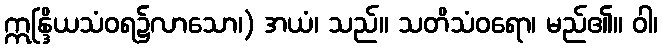
ဣန္ဒြိယသံဝရ၌လာသော၊) အယံ၊ သည်။ သတိသံဝရော၊ မည်၏။ ဝါ၊